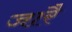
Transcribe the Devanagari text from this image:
जारै